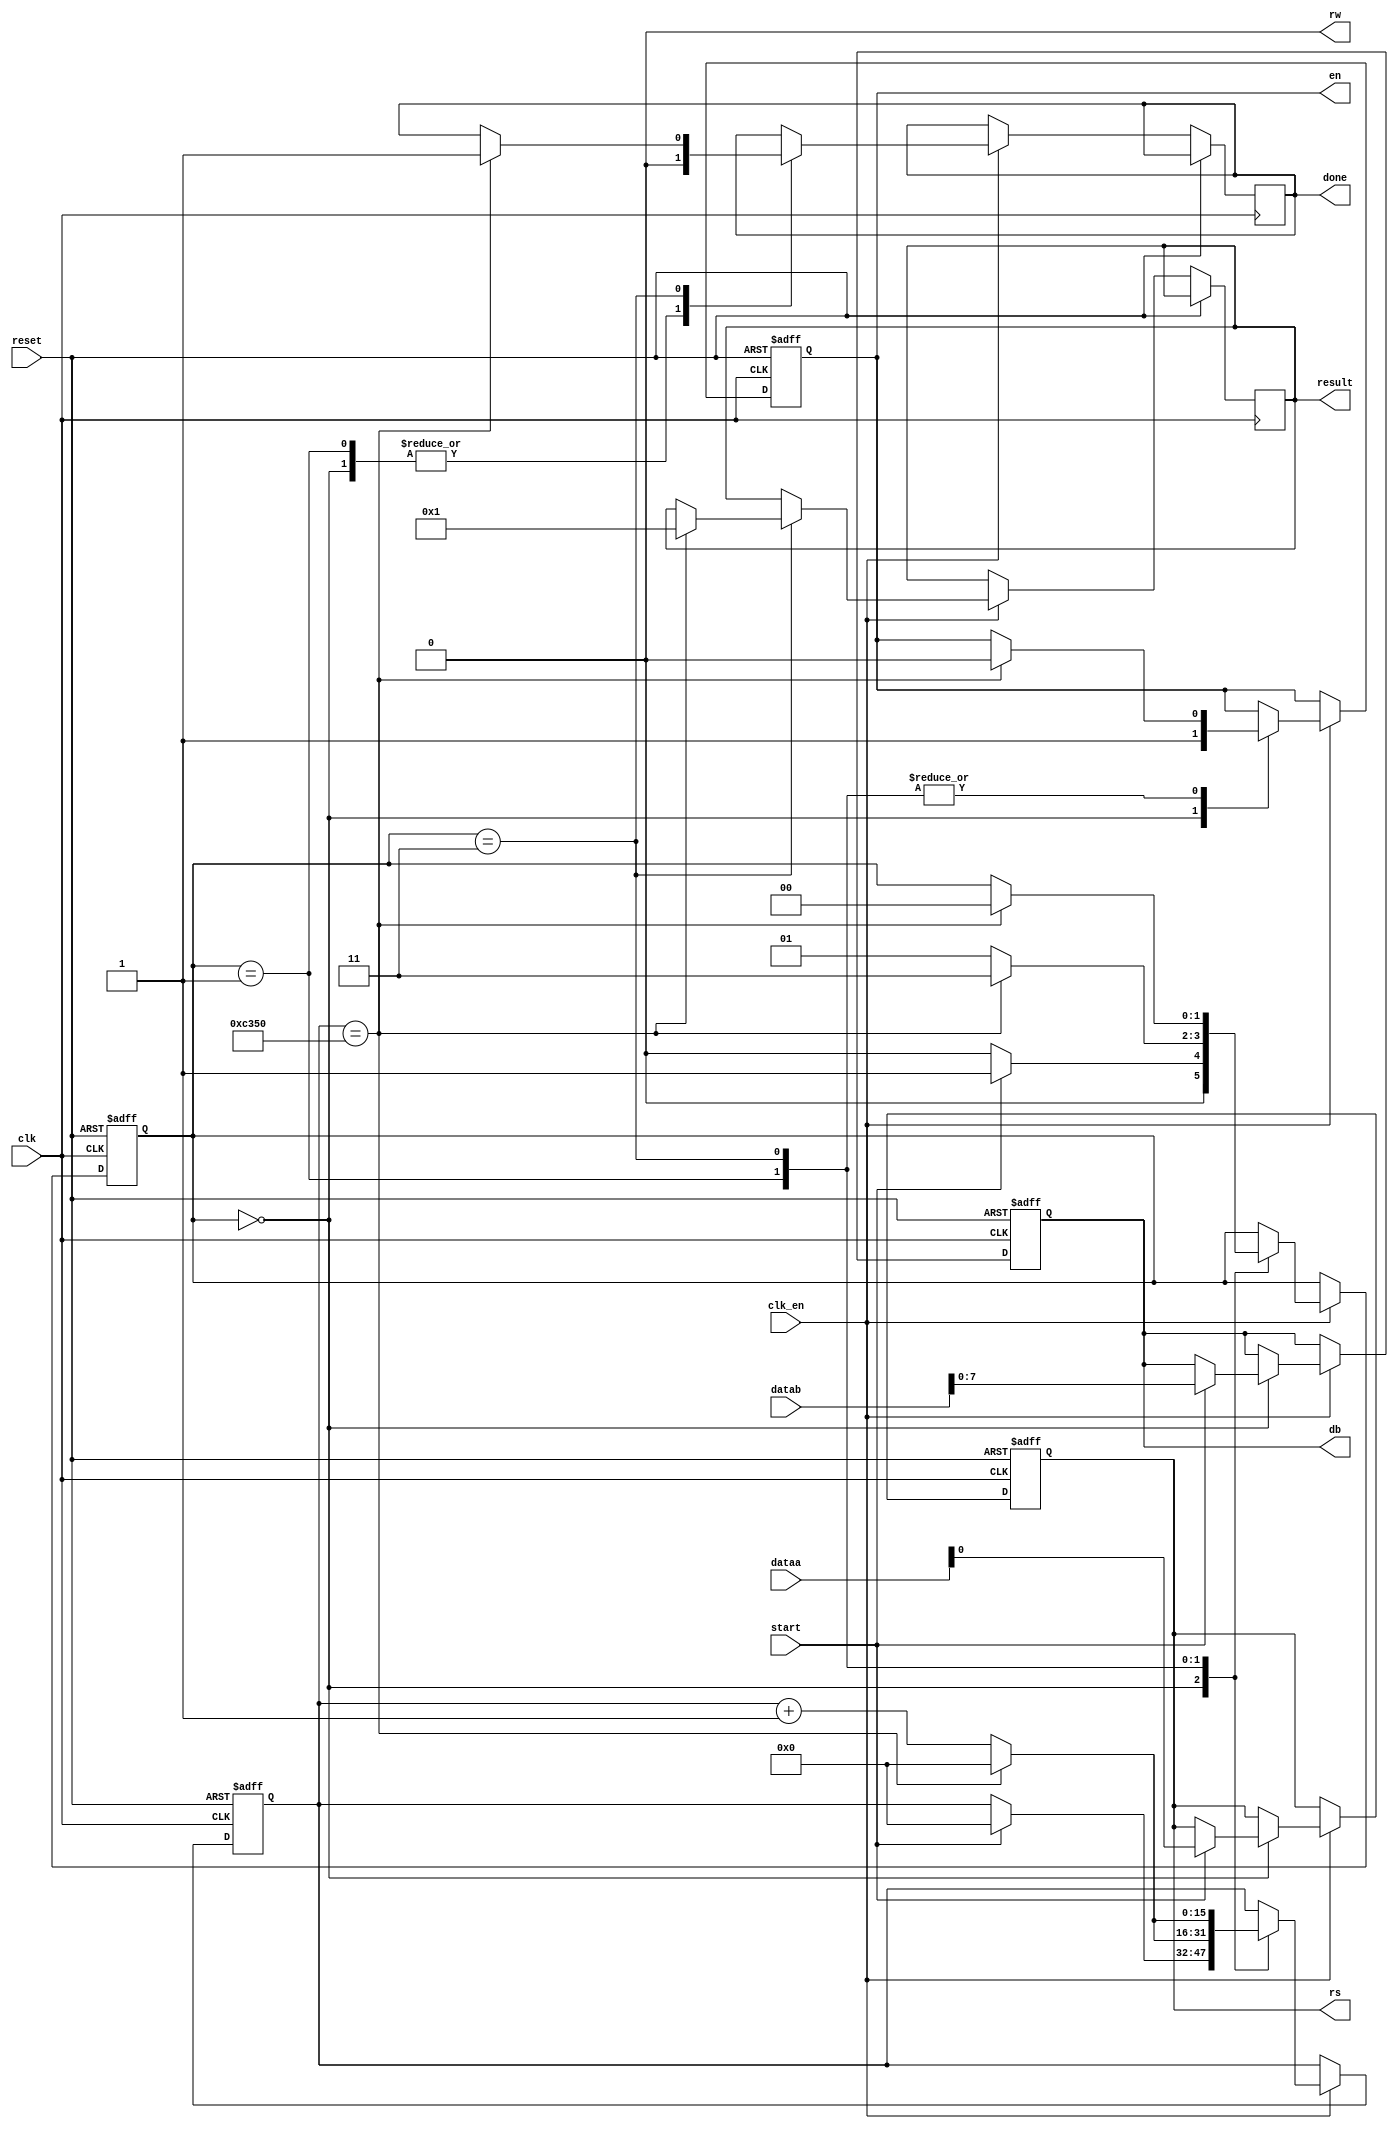
//Interface de envio de dados para LCD 16X2
//Autore Gabriel Miranda
// 08/03/2019
module lcd_driver (dataa, datab, result, clk, clk_en, start, reset, done, rs, rw, en, db);

	input [31:0] dataa;
	input [31:0] datab;
	input clk;
	input clk_en;
	input start;
	input reset;
	
	output reg [31:0] result;
	output reg done;
	
	output reg rs;
	output rw;
	output reg en;
	output reg[7:0] db;

	assign rw = 1'b0;
	
	reg [15:0] contador;
	
	localparam waiting = 2'b00, working = 2'b01, finish = 2'b11;
	
	reg [1:0] state;
	
	always @ (posedge clk or posedge reset) begin
		if (reset) begin
			contador <= 16'd0;
			rs       <= 1'b0;
			en       <= 1'b1;
			db       <= 8'b0;
			state    <= 1'b0;
		end else begin
			if (clk_en) begin
				case (state)
					waiting:begin
						done <= 1'b0;
						en <= 1'b1;
						if (start) begin
							state <= working;
							rs <= dataa[0];
							db <= datab[7:0];
							contador <= 16'd0;
						end else begin
							state <= waiting;
						end
					end
					working:begin // espera 1ms com en = 1;
						done <= 1'b0;
						if (contador == 16'd50_000) begin
							state <= finish;
							en    <= 1'b0;
							contador <= 16'd0;
						end else begin
							contador <= contador + 1'd1;
							state <= working;
						end
					end
					finish:begin //espera 1ms com en = 0;
						if (contador == 16'd50_000) begin
							done <= 1'b1;
							result <= 1'b1;
							state <= waiting;
							contador <= 16'd0;
							en <= 1'b0;
						end else begin
							contador <= contador + 16'd1;
						end
					end
				endcase
			end
		end
	end
	
endmodule